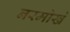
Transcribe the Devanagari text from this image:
नरमोखे